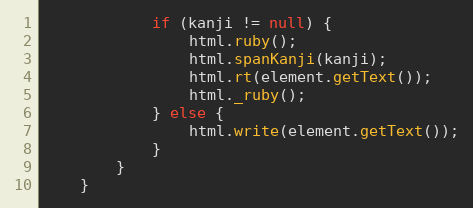
Language: Java
			if (kanji != null) {
				html.ruby();
				html.spanKanji(kanji);
				html.rt(element.getText());
				html._ruby();
			} else {
				html.write(element.getText());
			}
		}
	}